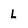
Character: L